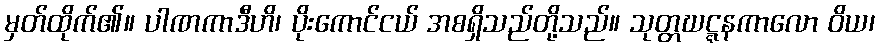
မှတ်ထိုက်၏။ ပါဏကာဒီဟိ၊ ပိုးကောင်ငယ် အစရှိသည်တို့သည်။ သုတ္တဃဋ္ဋနကာလော ဝိယ၊